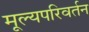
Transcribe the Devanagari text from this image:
मूल्यपरिवर्तन